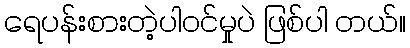
ရေပန်းစားတဲ့ပါဝင်မှုပဲ ဖြစ်ပါ တယ်။